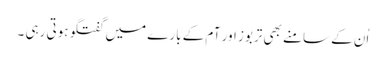
اُن کے سامنے بھی تربوز اور آم کے بارے میں گفتگو ہوتی رہی ۔